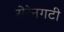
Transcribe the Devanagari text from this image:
सेरेनगटी